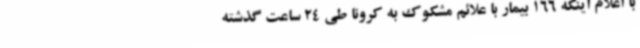
با اعلام اینکه 166 بیمار با علائم مشکوک به کرونا طی 24 ساعت گذشته